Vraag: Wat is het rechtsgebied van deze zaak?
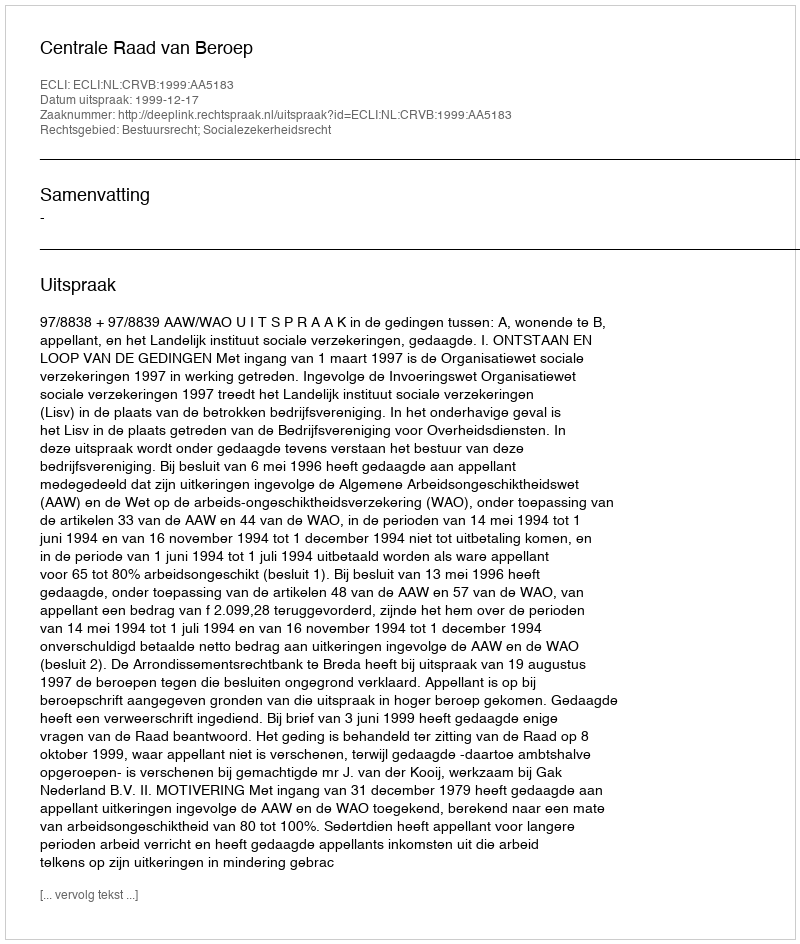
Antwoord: Bestuursrecht; Socialezekerheidsrecht